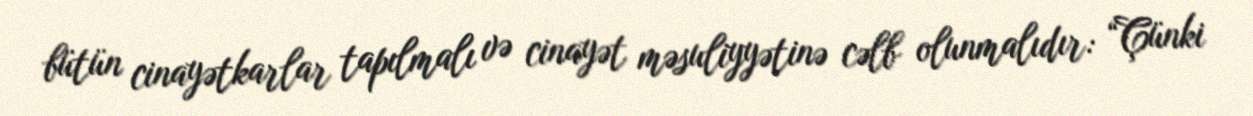
bütün cinayətkarlar tapılmalı və cinayət məsuliyyətinə cəlb olunmalıdır: “Çünki